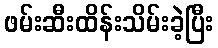
ဖမ်းဆီးထိန်းသိမ်းခဲ့ပြီး